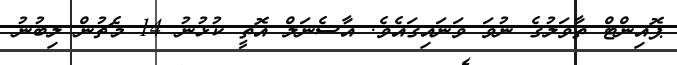
ޕޮއިންޓް ތާވަލުގެ ނުވަ ވަނައިގައެވެ. އާސެނަލް އޮތީ ކުޅުނު 14 މެޗުން ލިބުނު